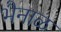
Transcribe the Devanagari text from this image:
भैनाळ